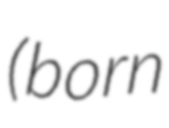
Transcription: (born